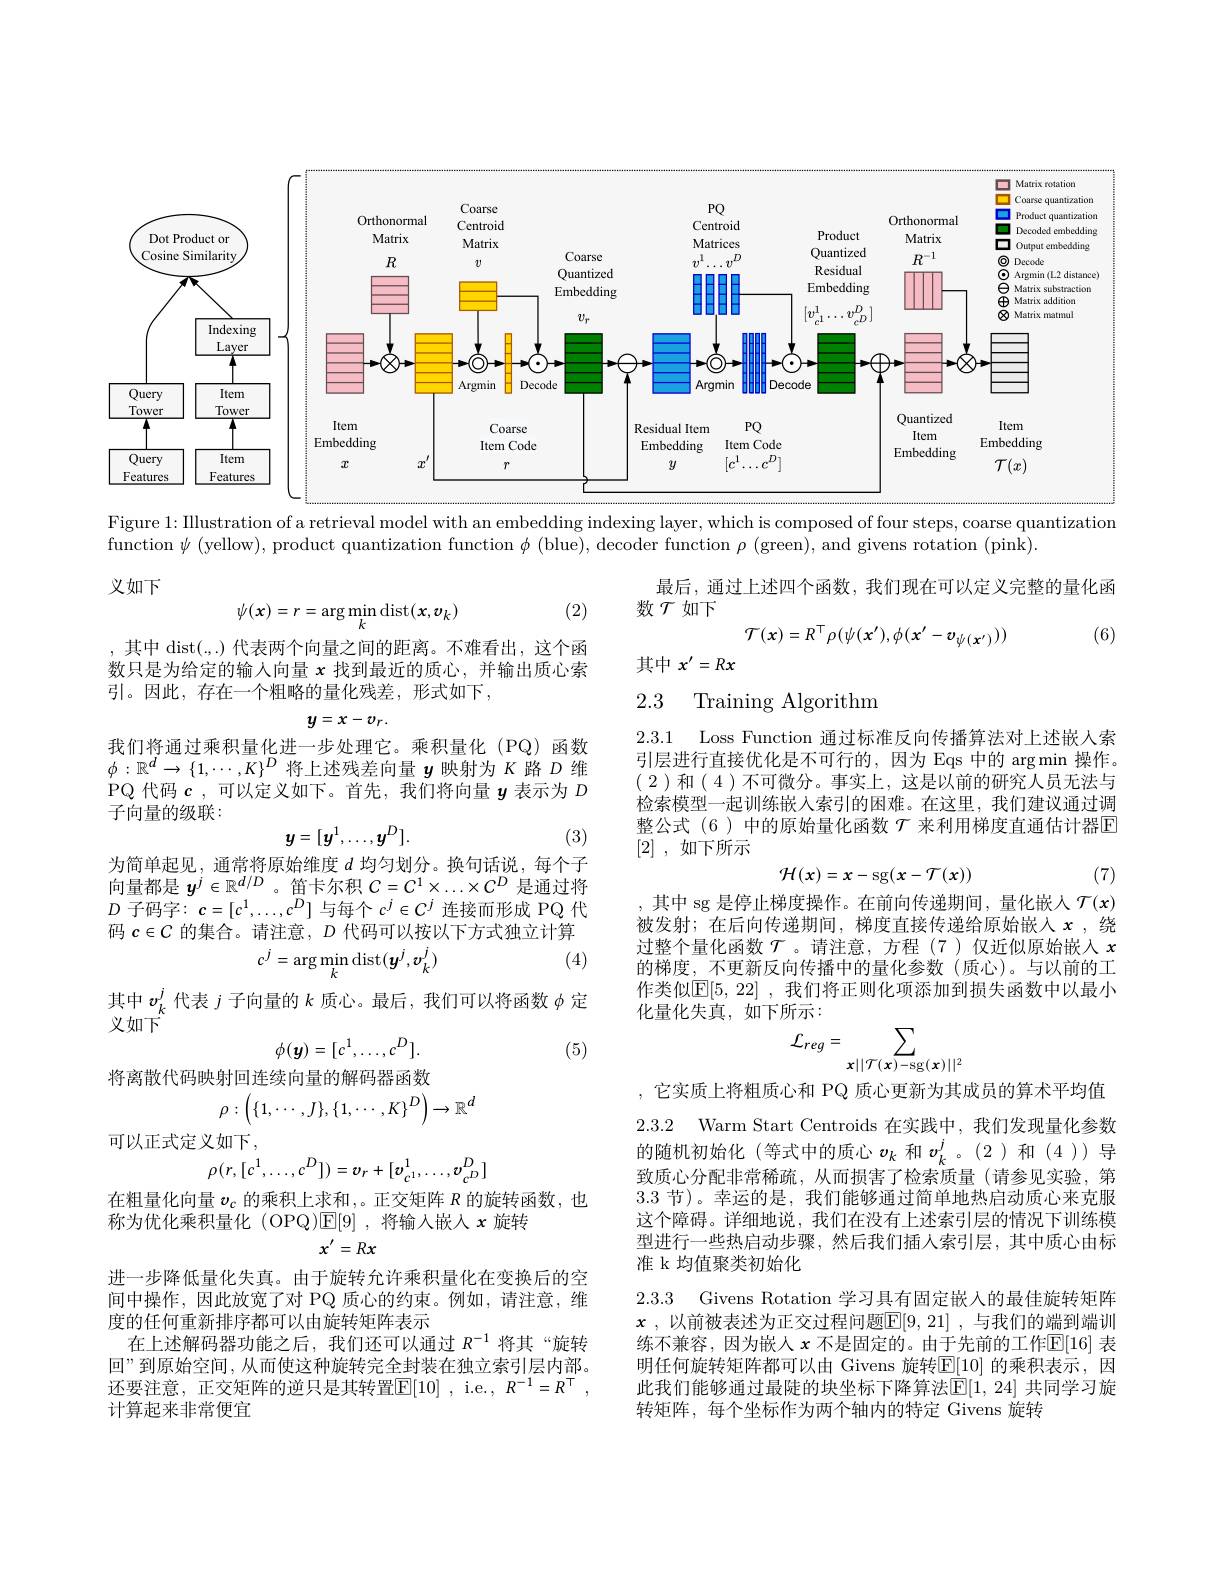
<FigureHere>
Figure 1: IIlustration of a retrieval model with an embedding indexing layer, which is composed of four steps, coarse quantization

function $\psi$ (yellow), product quantization function $\phi$ (blue), decoder function $\rho$ (green), and givens rotation (pink).

义如下

最后，通过上述四个函数，我们现在可以定义完整的量化函

(2)
$$\psi(x)=r=\arg\min_k\operatorname{dist}(x,v_k)$$
(6)

数$\mathcal{T}$如下
$$\mathcal{T}(x)=R^\top\rho(\psi(x'),\phi(x'-v_{\psi(x')}))$$
其中$x^{\prime}=Rx$

,其中 dist(.,.) 代表两个向量之间的距离。不难看出，这个函数只是为给定的输人向量$x$找到最近的质心，并输出质心索引。因此，存在一个粗略的量化残差，形式如下，

### 2.3 Training Algorithm
$$y=x-v_{r}.$$
我们将通过乘积量化进一步处理它。乘积量化(PQ)函数$\phi:\mathbb{R}^d\to\{1,\cdots,K\}^D$将上述残差向量$y$映射为$K$路$D$维PQ 代码$\boldsymbol{c}$,可以定义如下。首先，我们将向量$\boldsymbol{y}$表示为$D$ 子向量的级联：
$$y=[y^{1},\ldots,y^{D}].$$
Loss Function 通过标准反向传播算法对上述嵌人索
2.3.1
引层进行直接优化是不可行的，因为 Eqs 中的 arg min 操作。(2)和(4)不可微分。事实上，这是以前的研究人员无法与检索模型一起训练嵌入索引的困难。在这里，我们建议通过调整公式(6)中的原始量化函数$\mathcal{T}$ 来利用梯度直通估计器E [2] , 如下所示
$$\mathcal{H}(x)=x-\mathrm{sg}(x-\mathcal{T}(x))$$
(3)

(7)

为简单起见，通常将原始维度$d$均匀划分。换句话说，每个子向量都是$y^j\in\mathbb{R}^{d/D}$ 。笛卡尔积$C=C^1\times\ldots\times C^D$是通过将$D$子码字：$\boldsymbol{c}=[c^1,\ldots,c^D]$与每个$c^j\in C^j$连接而形成 PQ 代码$c\in C$的集合。请注意，$D$代码可以按以下方式独立计算
$$c^{j}=\arg\min_{k}\operatorname{dist}(\boldsymbol{y}^{j},\boldsymbol{v}_{k}^{j})$$
其中 sg 是停止梯度操作。在前向传递期间，量化嵌人$\mathcal{T}(x)$ 被发射；在后向传递期间，梯度直接传递给原始嵌入$x$,绕过整个量化函数$\mathcal{T}$ 。请注意，方程(7)仅近似原始嵌入$x$ 的梯度，不更新反向传播中的量化参数(质心)。与以前的工作类似$\mathbb{E}[5,22]$ ,我们将正则化项添加到损失函数中以最小化量化失真，如下所示：
$$\mathcal{L}_{reg}=\sum_{x||\mathcal{T}(x)-\mathrm{sg}(x)||^{2}}$$
(4)

其中$v_k^j$代表$j$子向量的$k$质心。最后，我们可以将函数$\phi$定
义如下$^{\circ}$
$$\phi(\boldsymbol{y})=[c^1,\ldots,c^D].$$
(5)

将离散代码映射回连续向量的解码器函数
$$\rho:\left(\{1,\cdots,J\},\{1,\cdots,K\}^D\right)\to\mathbb{R}^d$$
2.3.2 Warm Start Centroids 在实践中，我们发现量化参数

可以正式定义如下，
$$\rho(r,[c^1,\ldots,c^D])=v_r+[v_{c^1}^1,\ldots,v_{c^D}^D]$$
,它实质上将粗质心和 PQ 质心更新为其成员的算术平均值的随机初始化(等式中的质心$v_k$ 和$v_k^j$。(2)和(4))导致质心分配非常稀疏，从而损害了检索质量(请参见实验，第3.3 节)。幸运的是，我们能够通过简单地热启动质心来克服这个障碍。详细地说，我们在没有上述索引层的情况下训练模型进行一些热启动步骤，然后我们插人索引层，其中质心由标准 k 均值聚类初始化

在粗量化向量$v_\mathrm{c}$的乘积上求和，。正交矩阵$R$的旋转函数，也
称为优化乘积量化 (OPQ)$\mathbb{E}[9]$ ,将输入嵌人$x$旋转
$$x^{\prime}=Rx$$
2.3.3 Givens Rotation 学习具有固定嵌人的最佳旋转矩阵

进一步降低量化失真。由于旋转允许乘积量化在变换后的空间中操作，因此放宽了对 PQ 质心的约束。例如，请注意，维度的任何重新排序都可以由旋转矩阵表示
在上述解码器功能之后，我们还可以通过$R^{-1}$将其“旋转回”到原始空间，从而使这种旋转完全封装在独立索引层内部。还要注意，正交矩阵的逆只是其转置$\overline{\mathbb{E}}[10]$ , i.e. $R^-1=R^{\top}$, 计算起来非常便宜

$x$ , 以 前 被 表 述 为 正 交 过 程 问 题 $\mathbb{E} [ 9, 21]$ ,与我们的端到端训练不兼容，因为嵌人$x$ 不是固定的。由于先前的工作$\mathbb{E}[16]$ 表明任何旋转矩阵都可以由 Givens 旋转$\boxed{\mathrm{E}}[10]$ 的乘积表示，因此我们能够通过最陡的块坐标下降算法$\mathbb{E}[1,24]$ 共同学习旋转矩阵，每个坐标作为两个轴内的特定 Givens 旋转